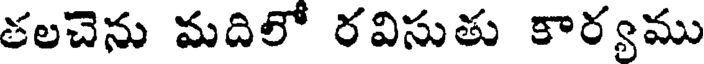
తలచెను మదిలో రవిసుతు కార్యము